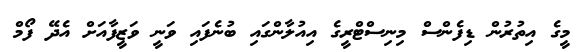
މީގެ އިތުރުން ޑިފެންސް މިނިސްޓްރީގެ އިއުލާންގައި ބުނެފައި ވަނީ ވަޒީފާއަށް އެދޭ ފޯމް